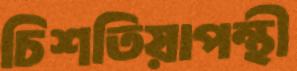
চিশতিয়াপন্থী